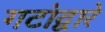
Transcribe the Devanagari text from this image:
गटांद्वारे